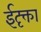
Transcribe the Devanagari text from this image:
ईदृक्ता